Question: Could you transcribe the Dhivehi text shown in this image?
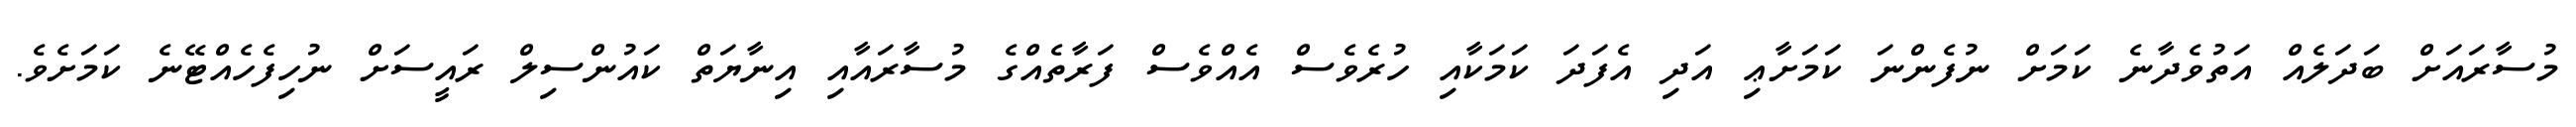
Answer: މުސާރައަށް ބަދަލެއް އަތުވެދާނެ ކަމަށް ނުފެންނަ ކަމަށާޢި އަދި އެފަދަ ކަމަކާއި ހުރެވެސް އެއްވެސް ފަރާތެއްގެ މުސާރައާއި އިނާޔަތް ކައުންސިލް ރައީސަށް ނުހިފެހެއްޓޭނެ ކަމަށެވެ.